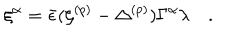
\xi ^ { \alpha } = { \bar { \epsilon } } ( \zeta ^ { ( p ) } - \Delta ^ { ( p ) } ) \Gamma ^ { \alpha } \lambda \quad .